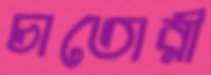
চাতোরী